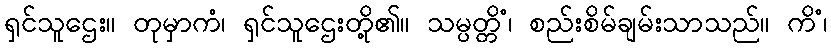
ရှင်သူဌေး။ တုမှာကံ၊ ရှင်သူဌေးတို့၏။ သမ္ပတ္တိံ၊ စည်းစိမ်ချမ်းသာသည်။ ကိံ၊